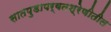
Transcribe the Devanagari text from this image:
सातपुडापर्वतश्रेणीतील